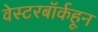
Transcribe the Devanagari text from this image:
वेस्टरबॉर्कहून